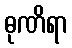
ဓုဏိရာ